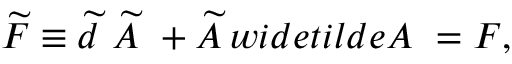
\widetilde { F } \equiv \widetilde { d } \ \widetilde { A } \ + \widetilde { A } \, w i d e t i l d e { A } \ = F ,